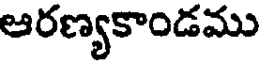
అరణ్యకాండము